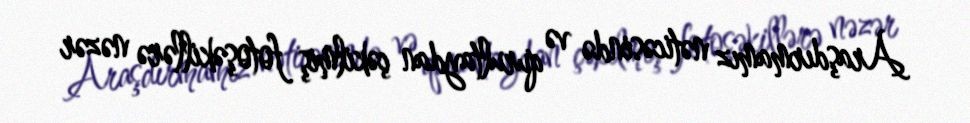
Araşdırmamız nəticəsində və qurultaydan çəkilmiş fotoşəkillərə nəzər